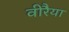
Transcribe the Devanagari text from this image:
वीरैया